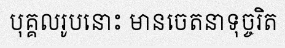
បុគ្គលរូបនោះ មានចេតនាទុច្ចរិត